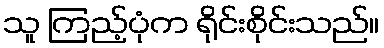
သူ ကြည့်ပုံက ရိုင်းစိုင်းသည်။